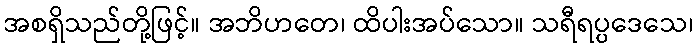
အစရှိသည်တို့ဖြင့်။ အဘိဟတေ၊ ထိပါးအပ်သော။ သရီရပ္ပဒေသေ၊